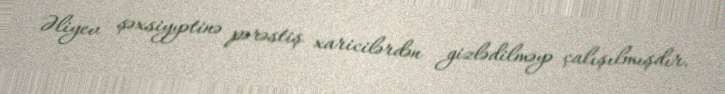
Əliyev şəxsiyyətinə pərəstiş xaricilərdən gizlədilməyə çalışılmışdır.